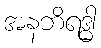
အနဘိရဒ္ဓါ